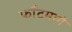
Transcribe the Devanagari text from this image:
फाँटमागे